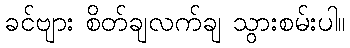
ခင်ဗျား စိတ်ချလက်ချ သွားစမ်းပါ။